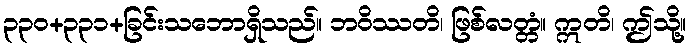
၃၃၀+၃၃၁+ခြင်းသဘောရှိသည်။ ဘဝိဿတိ၊ ဖြစ်လတ္တံ။ ဣတိ၊ ဤသို့။